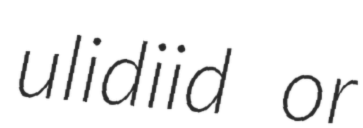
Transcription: ulidiid or